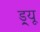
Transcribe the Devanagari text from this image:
ड्र्यू